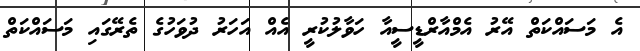
އެ މަސައްކަތް އޭރު އެމްއާރްޑީސީއާ ހަވާލުކުރީ އެއް އަހަރު ދުވަހުގެ ތެރޭގައި މަސައްކަތް